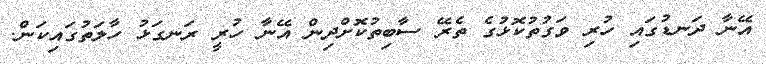
އޭނާ ދަނޑުގައި ހުރި ވަގުތުކޮޅުގެ ތެރޭ ސާބިތުކޮށްދިން އޭނާ ހުރީ ރަނގަޅު ހާލަތުގައިކަން.